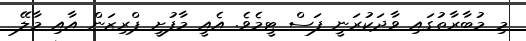
މި މުބާރާތުގައި ވާދަކުރަނީ ފަސް ޓީމެވެ. އެއީ މާފުށީ ޕްރިޒަން އާއި މާލޭ